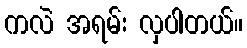
ကလဲ အရမ်း လှပါတယ်။